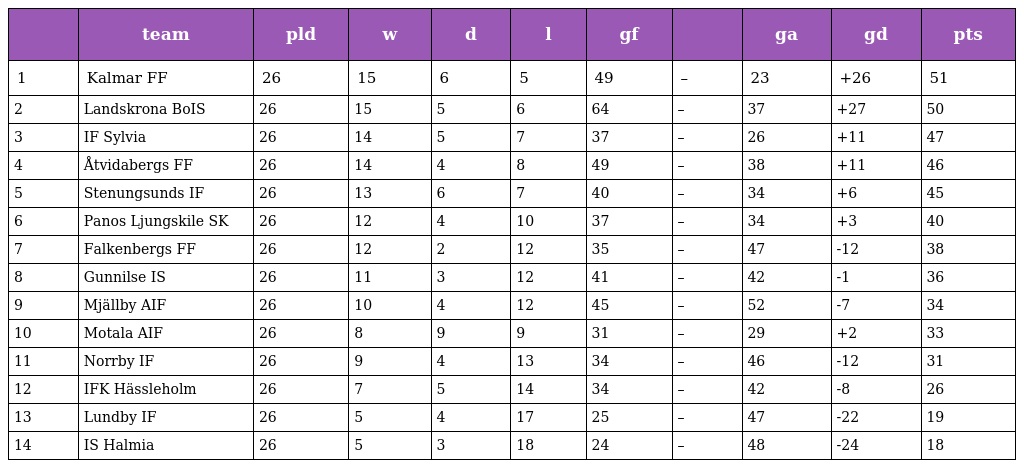
|  | team | pld | w | d | l | gf |  | ga | gd | pts |
 | --- | --- | --- | --- | --- | --- | --- | --- | --- | --- | --- |
 | 1 | Kalmar FF | 26 | 15 | 6 | 5 | 49 | – | 23 | +26 | 51 |
 | 2 | Landskrona BoIS | 26 | 15 | 5 | 6 | 64 | – | 37 | +27 | 50 |
 | 3 | IF Sylvia | 26 | 14 | 5 | 7 | 37 | – | 26 | +11 | 47 |
 | 4 | Åtvidabergs FF | 26 | 14 | 4 | 8 | 49 | – | 38 | +11 | 46 |
 | 5 | Stenungsunds IF | 26 | 13 | 6 | 7 | 40 | – | 34 | +6 | 45 |
 | 6 | Panos Ljungskile SK | 26 | 12 | 4 | 10 | 37 | – | 34 | +3 | 40 |
 | 7 | Falkenbergs FF | 26 | 12 | 2 | 12 | 35 | – | 47 | -12 | 38 |
 | 8 | Gunnilse IS | 26 | 11 | 3 | 12 | 41 | – | 42 | -1 | 36 |
 | 9 | Mjällby AIF | 26 | 10 | 4 | 12 | 45 | – | 52 | -7 | 34 |
 | 10 | Motala AIF | 26 | 8 | 9 | 9 | 31 | – | 29 | +2 | 33 |
 | 11 | Norrby IF | 26 | 9 | 4 | 13 | 34 | – | 46 | -12 | 31 |
 | 12 | IFK Hässleholm | 26 | 7 | 5 | 14 | 34 | – | 42 | -8 | 26 |
 | 13 | Lundby IF | 26 | 5 | 4 | 17 | 25 | – | 47 | -22 | 19 |
 | 14 | IS Halmia | 26 | 5 | 3 | 18 | 24 | – | 48 | -24 | 18 |